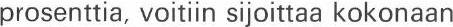
prosenttia, voitiin sijoittaa kokonaan